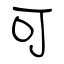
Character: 可